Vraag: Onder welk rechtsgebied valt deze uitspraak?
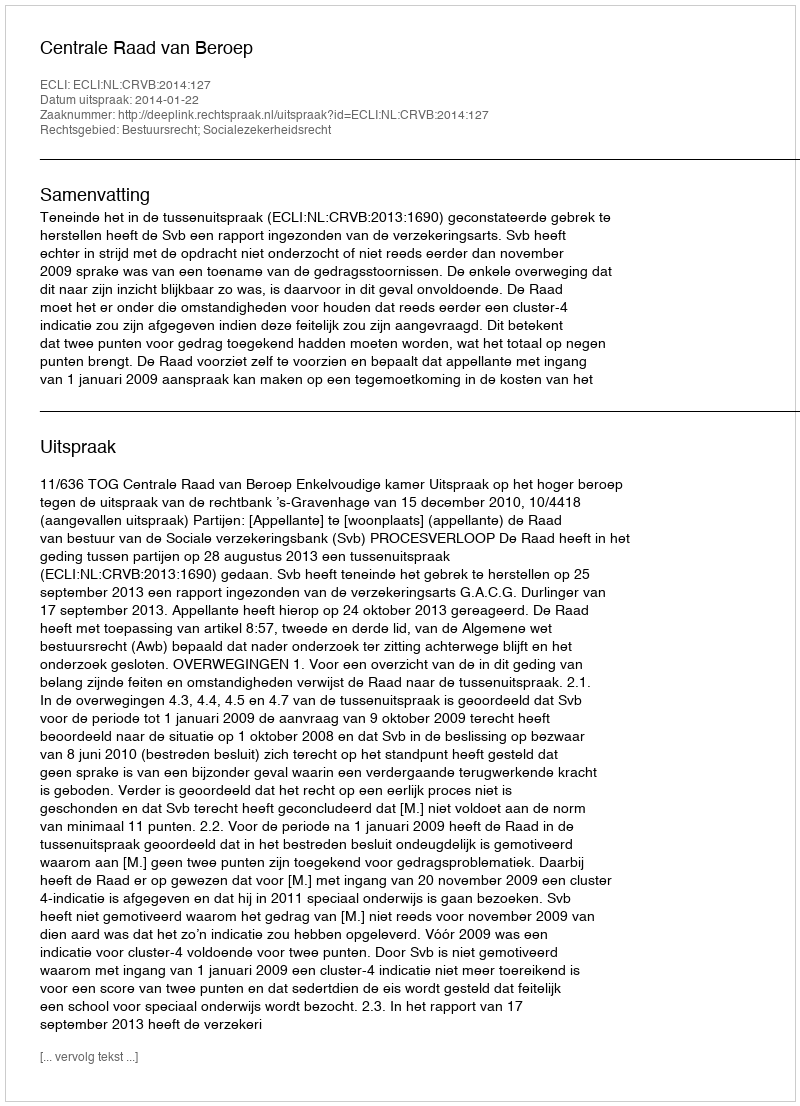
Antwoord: Bestuursrecht; Socialezekerheidsrecht